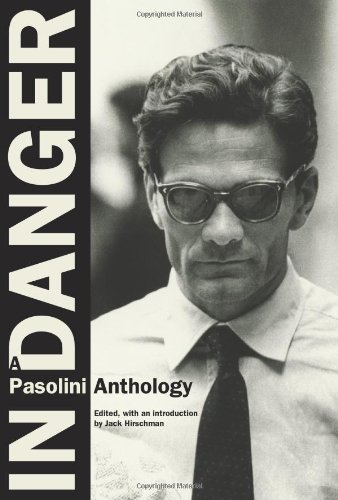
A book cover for In Danger: A Pasolini Anthology; Pier Paolo Pasolini; Gay & Lesbian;